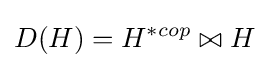
D(H)=H^{*cop}\bowtie H